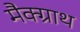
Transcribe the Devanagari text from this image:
मैक्ग्राथ